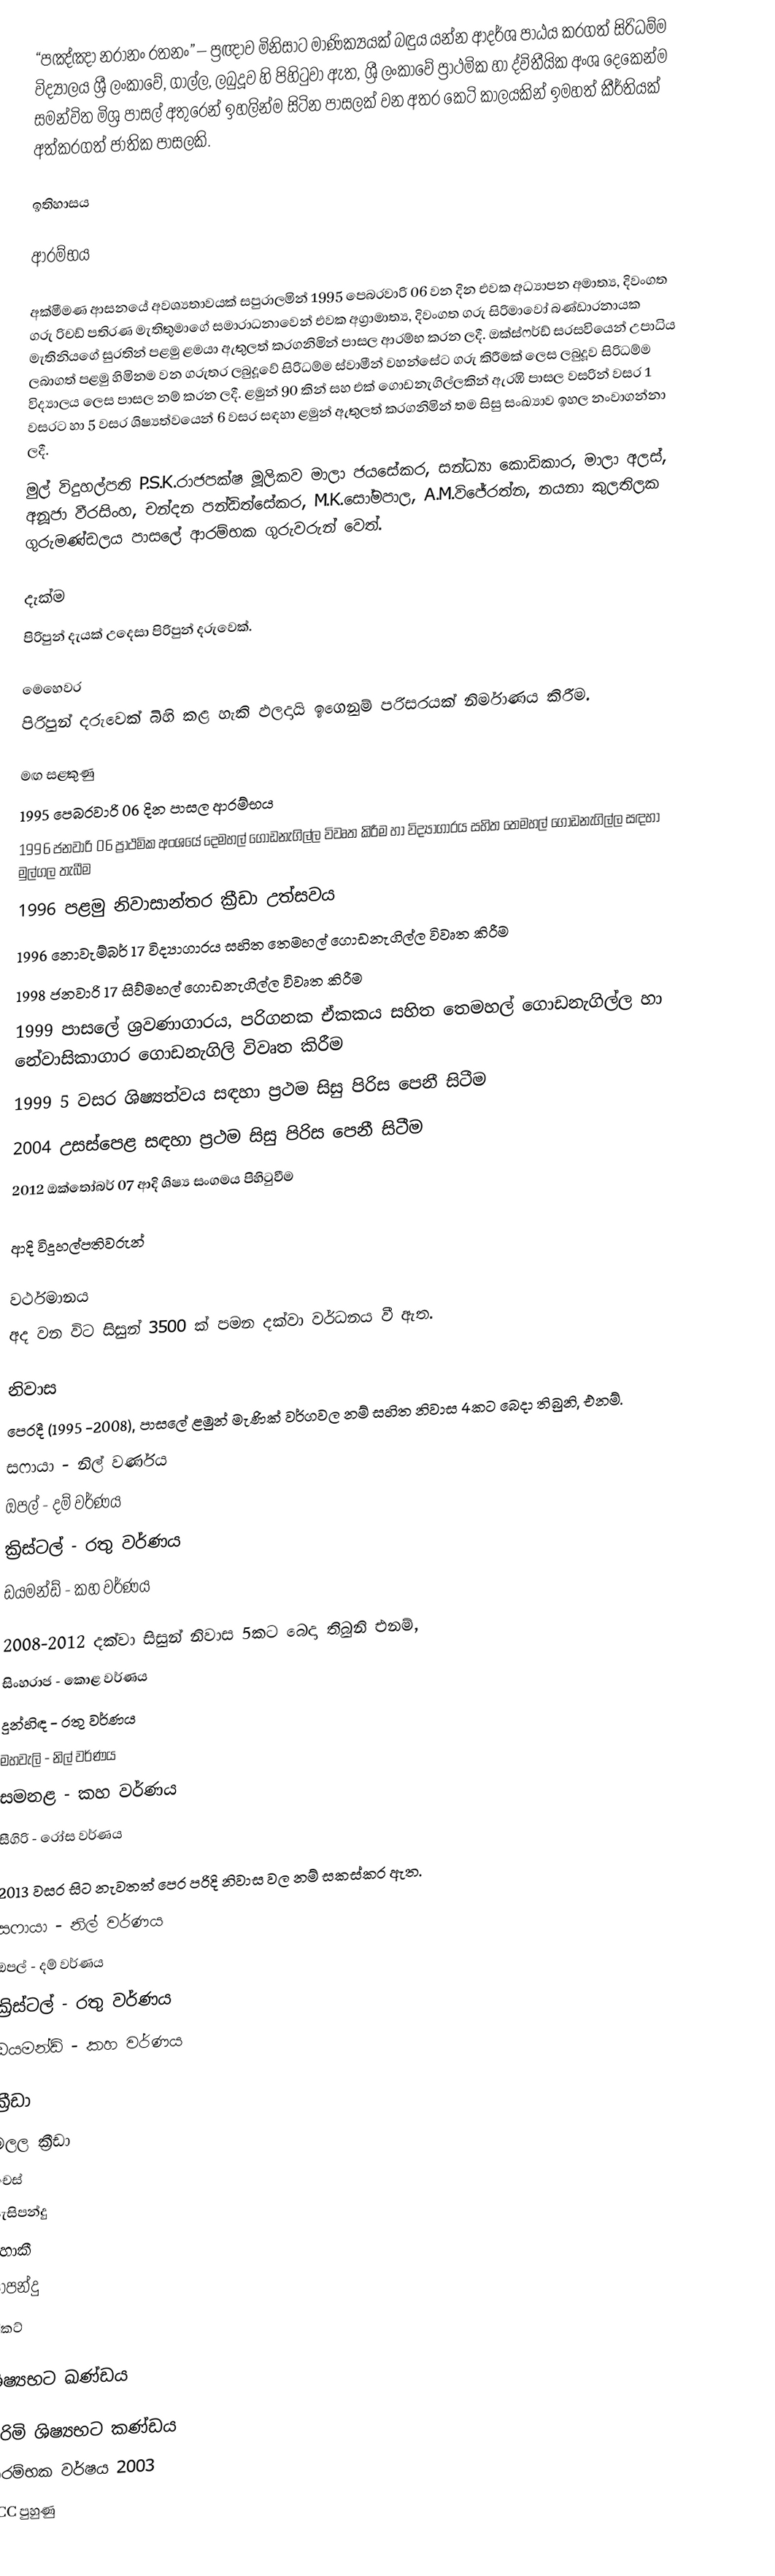
“පඤ්ඤා නරානං රතනං” – ප්‍රඥාව මිනිසාට මාණික්‍යයක් බඳුය යන්න ආදර්ශ පාඨය කරගත් සිරිධම්ම විද්‍යාලය ශ්‍රී ලංකාවේ, ගාල්ල, ලබුදූව හි පිහිටුවා ඇත, ශ්‍රී ලංකාවේ ප්‍රාථමික හා ද්විතීයික අංශ දෙකෙන්ම සමන්විත මිශ්‍ර පාසල් අතුරෙන් ඉහලින්ම සිටින පාසලක් වන අතර කෙටි කාලයකින් ඉමහත් කීර්තියක් අත්කරගත් ජාතික පාසලකි.

ඉතිහාසය

ආරම්භය

අක්මීමණ ආසනයේ අවශ්‍යතාවයක් සපුරාලමින් 1995 පෙබරවාරි 06 වන දින එවක අධ්‍යාපන අමාත්‍ය, දිවංගත ගරු රිචඩ් පතිරණ මැතිතුමාගේ සමාරාධනාවෙන් එවක අග්‍රාමාත්‍ය, දිවංගත ගරු සිරිමාවෝ බණ්ඩාරනායක මැතිනියගේ සුරතින් පළමු ළමයා ඇතුලත් කරගනිමින් පාසල ආරම්භ කරන ලදී. ඔක්ස්ෆර්ඩ් සරසවියෙන් උපාධිය ලබාගත් පළමු හිමිනම වන ගරුතර ලබුදූවේ සිරිධම්ම ස්වාමීන් වහන්සේට ගරු කිරීමක් ලෙස ලබුදූව සිරිධම්ම විද්‍යාලය ලෙස පාසල නම් කරන ලදී. ළමුන් 90 කින් සහ එක් ගොඩනැගිල්ලකින් ඇරඹි පාසල වසරින් වසර 1 වසරට හා 5 වසර ශිෂ්‍යත්වයෙන් 6 වසර සඳහා ළමුන් ඇතුලත් කරගනිමින් තම සිසු සංඛ්‍යාව ඉහල නංවාගන්නා ලදී.
මුල් විදුහල්පති P.S.K.රාජපක්ෂ මූලිකව මාලා ජයසේකර, සන්ධ්‍යා කොඩිකාර, මාලා අලස්, අනූජා වීරසිංහ, චන්දන පන්ඩිත්සේකර, M.K.සෝමපාල, A.M.විජේරත්න, නයනා කුලතිලක ගුරුමණ්ඩලය පාසලේ ආරම්භක ගුරුවරුන් වෙත්.

දැක්ම
පිරිපුන් දැයක් උදෙසා පිරිපුන් දරුවෙක්.

මෙහෙවර
පිරිපුන් දරුවෙක් බිහි කළ හැකි ඵලදායි ඉගෙනුම් පරිසරයක් නිර්මාණය කිරීම.

මඟ සළකුණු
1995 පෙබරවාරි 06 දින පාසල ආරම්භය
1996 ජනවාරි 06 ප්‍රාථමික අංශයේ දෙමහල් ගොඩනැගිල්ල විවෘත කිරීම හා විද්‍යාගාරය සහිත තෙමහල් ගොඩනැගිල්ල සඳහා මුල්ගල තැබීම
1996 පළමු නිවාසාන්තර ක්‍රීඩා උත්සවය
1996 නොවැම්බර් 17 විද්‍යාගාරය සහිත තෙමහල් ගොඩනැගිල්ල විවෘත කිරීම
1998 ජනවාරි 17 සිව්මහල් ගොඩනැගිල්ල විවෘත කිරීම
1999 පාසලේ ශ්‍රවණාගාරය, පරිගනක ඒකකය සහිත තෙමහල් ගොඩනැගිල්ල හා නේවාසිකාගාර ගොඩනැගිලි විවෘත කිරීම
1999 5 වසර ශිෂ්‍යත්වය සඳහා ප්‍රථම සිසු පිරිස පෙනී සිටීම
2004 උසස්පෙළ සඳහා ප්‍රථම සිසු පිරිස පෙනී සිටීම
2012 ඔක්තෝබර් 07 ආදි ශිෂ්‍ය සංගමය පිහිටුවීම

ආදි විදුහල්පතිවරුන්

වර්ථමානය
අද වන විට සිසුන් 3500 ක් පමන දක්වා වර්ධනය වී ඇත.

නිවාස
පෙරදී (1995 -2008), පාසලේ ළමුන් මැණික් වර්ගවල නම් සහිත නිවාස 4කට බෙදා තිබුනි, එනම්.
සෆායා - නිල් වර්ණය
ඔපල් - දම් වර්ණය
ක්‍රිස්ටල් - රතු වර්ණය
ඩයමන්ඩ් - කහ වර්ණය

2008-2012 දක්වා සිසුන් නිවාස 5කට බෙදා තිබුනි එනම්,
සිංහරාජ - කොළ වර්ණය
දුන්හිඳ - රතු වර්ණය
මහවැලි - නිල් වර්ණය
සමනළ - කහ වර්ණය
සීගිරි - රෝස වර්ණය

2013 වසර සිට නැවතත් පෙර පරිදි නිවාස වල නම් සකස්කර ඇත.
සෆායා - නිල් වර්ණය
ඔපල් - දම් වර්ණය
ක්‍රිස්ටල් - රතු වර්ණය
ඩයමන්ඩ් - කහ වර්ණය

ක්‍රීඩා
මලල ක්‍රීඩා
චෙස්
පැසිපන්දු
හොකී
පාපන්දු
ක්‍රිකට්

ශිෂ්‍යභට ඛණ්ඩය

පිරිමි ශිෂ්‍යභට කණ්ඩය
ආරම්භක වර්ෂය 2003
NCC පුහුණු